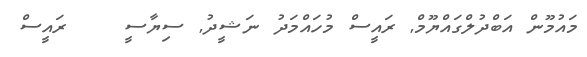
މައުމޫން އަބްދުލްގައްޔޫމް